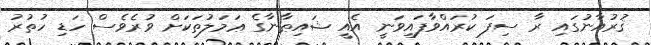
ޤުރުއާނުގައި ރާ ސިފަ ކުރައްވާފައިވަނީ އެއީ ޝައިޠާނާގެ ޢަމަލުތަކަށް ވުރެވެސް ހަޑި ހުތުރު